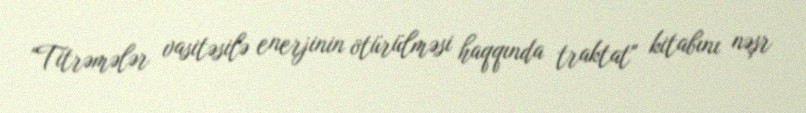
"Titrəmələr vasitəsilə enerjinin ötürülməsi haqqında traktat" kitabını nəşr